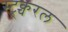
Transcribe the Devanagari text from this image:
स्ट्र्क्चरल